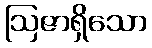
ဩဇာရှိသော